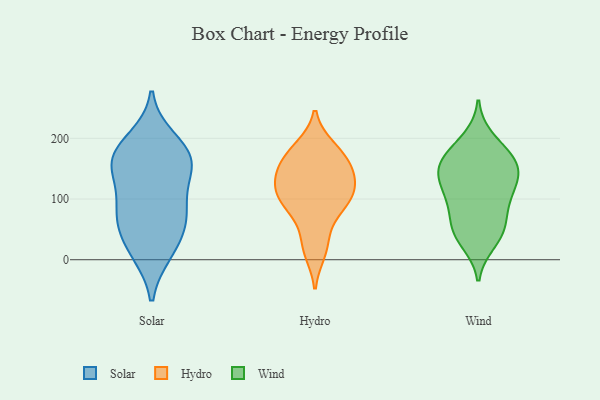
{"axis": {"x": "Active Users", "y": "Value"}, "legend": ["Hydro", "Solar", "Wind"], "data": [{"x": "", "y": 169, "type": "Solar"}, {"x": "", "y": 173, "type": "Solar"}, {"x": "", "y": 82, "type": "Solar"}, {"x": "", "y": 59, "type": "Solar"}, {"x": "", "y": 150, "type": "Solar"}, {"x": "", "y": 13, "type": "Solar"}, {"x": "", "y": 12, "type": "Solar"}, {"x": "", "y": 81, "type": "Solar"}, {"x": "", "y": 137, "type": "Solar"}, {"x": "", "y": 45, "type": "Solar"}, {"x": "", "y": 198, "type": "Solar"}, {"x": "", "y": 178, "type": "Solar"}, {"x": "", "y": 153, "type": "Solar"}, {"x": "", "y": 87, "type": "Solar"}, {"x": "", "y": 106, "type": "Hydro"}, {"x": "", "y": 116, "type": "Hydro"}, {"x": "", "y": 13, "type": "Hydro"}, {"x": "", "y": 148, "type": "Hydro"}, {"x": "", "y": 115, "type": "Hydro"}, {"x": "", "y": 149, "type": "Hydro"}, {"x": "", "y": 77, "type": "Hydro"}, {"x": "", "y": 29, "type": "Hydro"}, {"x": "", "y": 180, "type": "Hydro"}, {"x": "", "y": 165, "type": "Hydro"}, {"x": "", "y": 185, "type": "Hydro"}, {"x": "", "y": 140, "type": "Hydro"}, {"x": "", "y": 84, "type": "Hydro"}, {"x": "", "y": 104, "type": "Hydro"}, {"x": "", "y": 148, "type": "Wind"}, {"x": "", "y": 163, "type": "Wind"}, {"x": "", "y": 108, "type": "Wind"}, {"x": "", "y": 73, "type": "Wind"}, {"x": "", "y": 199, "type": "Wind"}, {"x": "", "y": 51, "type": "Wind"}, {"x": "", "y": 141, "type": "Wind"}, {"x": "", "y": 182, "type": "Wind"}, {"x": "", "y": 162, "type": "Wind"}, {"x": "", "y": 43, "type": "Wind"}, {"x": "", "y": 125, "type": "Wind"}, {"x": "", "y": 93, "type": "Wind"}, {"x": "", "y": 105, "type": "Wind"}, {"x": "", "y": 138, "type": "Wind"}, {"x": "", "y": 29, "type": "Wind"}, {"x": "", "y": 162, "type": "Wind"}, {"x": "", "y": 46, "type": "Wind"}]}